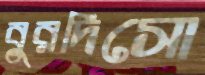
বুরদিসো